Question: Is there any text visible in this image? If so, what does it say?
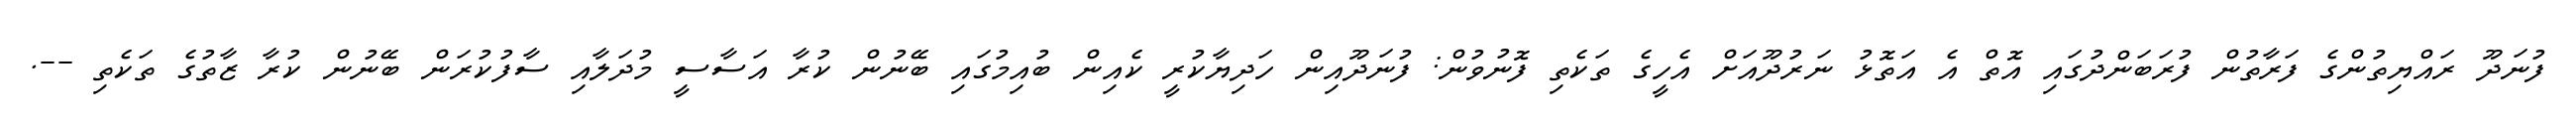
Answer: ފުނަދޫ ރައްޔިތުންގެ ފަރާތުން ފުރަބަންދުގައި އޮތް އެ އަތޮޅު ނަރުދޫއަށް އެހީގެ ތަކެތި ފޮނުވުން: ފުނަދޫއިން ހަދިޔާކުރީ ކެއިން ބުއިމުގައި ބޭނުން ކުރާ އަސާސީ މުދަލާއި ސާފުކުރަން ބޭނުން ކުރާ ޒާތުގެ ތަކެތި --.